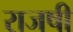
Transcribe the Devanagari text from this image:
राजषी